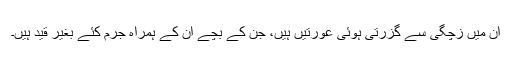
ان میں زچگی سے گزرتی ہوئی عورتیں ہیں، جن کے بچے ان کے ہمراہ جرم کئے بغیر قید ہیں۔